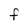
Character: F